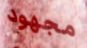
مجهود